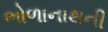
ભોળાનાથની